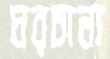
ঘরচালা